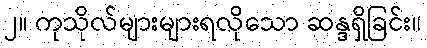
၂။ ကုသိုလ်များများရလိုသော ဆန္ဒရှိခြင်း။